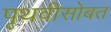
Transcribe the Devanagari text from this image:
पृथवीसोबत